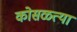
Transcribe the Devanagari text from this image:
कोसळत्या